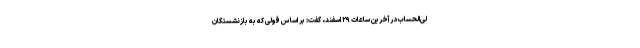
لی‌الحساب در آخرین ساعات ۲۹ اسفند، گفت: بر اساس قولی که به بازنشستگان